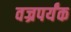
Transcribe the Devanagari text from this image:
वज्रपर्यंक